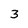
Character: 3